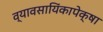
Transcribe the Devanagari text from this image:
व्यावसायिंकापेक्षा